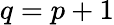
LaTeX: q=p+1